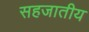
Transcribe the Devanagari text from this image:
सहजातीय